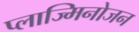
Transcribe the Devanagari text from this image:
प्लाज्मिनोजन